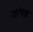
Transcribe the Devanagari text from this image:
जांचक